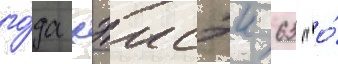
го́да хэисэи 63 "о́